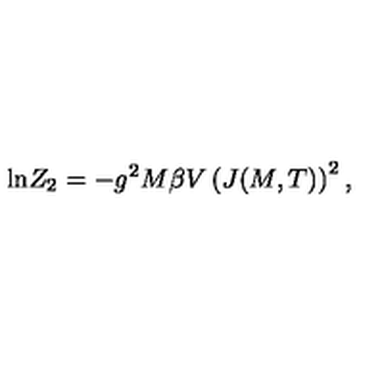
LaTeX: \mathrm { l n } Z _ { 2 } = - g ^ { 2 } M \beta V \left( J ( M , T ) \right) ^ { 2 } ,